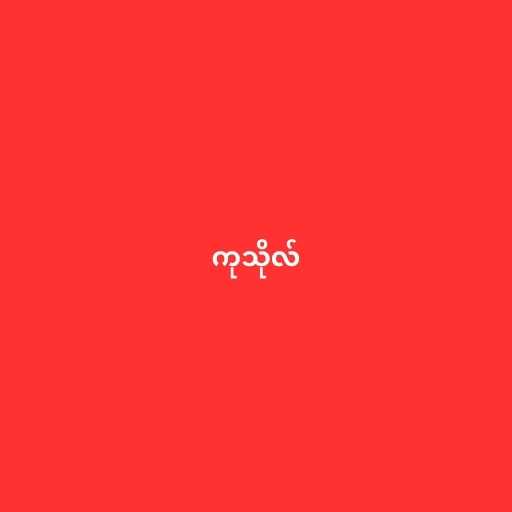
ကုသိုလ်